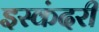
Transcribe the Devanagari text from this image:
इस्कंदरी